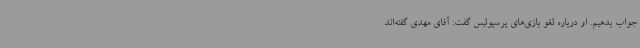
جواب بدهیم. او درباره لغو بازی‌های پرسپولیس گفت: آقای مهدی گفته‌اند